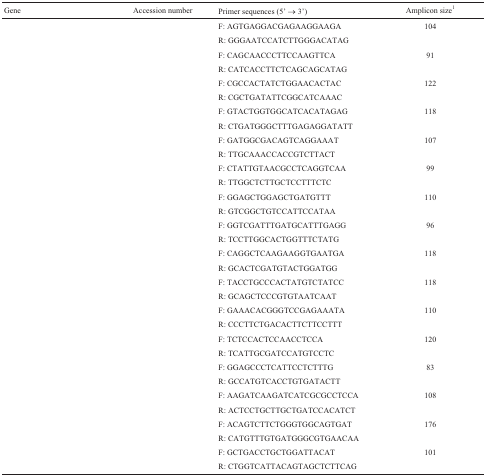
<table><thead><tr><td><b>Gene</b></td><td><b>Accession number</b></td><td><b>Primer sequences (5’ → 3’)</b></td><td><b>Amplicon size1</b></td></tr></thead><tbody><tr><td>[EMPTY_CELL]</td><td>[EMPTY_CELL]</td><td>F: AGTGAGGACGAGAAGGAAGA</td><td>104</td></tr><tr><td>[EMPTY_CELL]</td><td>[EMPTY_CELL]</td><td>R: GGGAATCCATCTTGGGACATAG</td><td>[EMPTY_CELL]</td></tr><tr><td>[EMPTY_CELL]</td><td>[EMPTY_CELL]</td><td>F: CAGCAACCCTTCCAAGTTCA</td><td>91</td></tr><tr><td>[EMPTY_CELL]</td><td>[EMPTY_CELL]</td><td>R: CATCACCTTCTCAGCAGCATAG</td><td>[EMPTY_CELL]</td></tr><tr><td>[EMPTY_CELL]</td><td>[EMPTY_CELL]</td><td>F: CGCCACTATCTGGAACACTAC</td><td>122</td></tr><tr><td>[EMPTY_CELL]</td><td>[EMPTY_CELL]</td><td>R: CGCTGATATTCGGCATCAAAC</td><td>[EMPTY_CELL]</td></tr><tr><td>[EMPTY_CELL]</td><td>[EMPTY_CELL]</td><td>F: GTACTGGTGGCATCACATAGAG</td><td>118</td></tr><tr><td>[EMPTY_CELL]</td><td>[EMPTY_CELL]</td><td>R: CTGATGGGCTTTGAGAGGATATT</td><td>[EMPTY_CELL]</td></tr><tr><td>[EMPTY_CELL]</td><td>[EMPTY_CELL]</td><td>F: GATGGCGACAGTCAGGAAAT</td><td>107</td></tr><tr><td>[EMPTY_CELL]</td><td>[EMPTY_CELL]</td><td>R: TTGCAAACCACCGTCTTACT</td><td>[EMPTY_CELL]</td></tr><tr><td>[EMPTY_CELL]</td><td>[EMPTY_CELL]</td><td>F: CTATTGTAACGCCTCAGGTCAA</td><td>99</td></tr><tr><td>[EMPTY_CELL]</td><td>[EMPTY_CELL]</td><td>R: TTGGCTCTTGCTCCTTTCTC</td><td>[EMPTY_CELL]</td></tr><tr><td>[EMPTY_CELL]</td><td>[EMPTY_CELL]</td><td>F: GGAGCTGGAGCTGATGTTT</td><td>110</td></tr><tr><td>[EMPTY_CELL]</td><td>[EMPTY_CELL]</td><td>R: GTCGGCTGTCCATTCCATAA</td><td>[EMPTY_CELL]</td></tr><tr><td>[EMPTY_CELL]</td><td>[EMPTY_CELL]</td><td>F: GGTCGATTTGATGCATTTGAGG</td><td>96</td></tr><tr><td>[EMPTY_CELL]</td><td>[EMPTY_CELL]</td><td>R: TCCTTGGCACTGGTTTCTATG</td><td>[EMPTY_CELL]</td></tr><tr><td>[EMPTY_CELL]</td><td>[EMPTY_CELL]</td><td>F: CAGGCTCAAGAAGGTGAATGA</td><td>118</td></tr><tr><td>[EMPTY_CELL]</td><td>[EMPTY_CELL]</td><td>R: GCACTCGATGTACTGGATGG</td><td>[EMPTY_CELL]</td></tr><tr><td>[EMPTY_CELL]</td><td>[EMPTY_CELL]</td><td>F: TACCTGCCCACTATGTCTATCC</td><td>118</td></tr><tr><td>[EMPTY_CELL]</td><td>[EMPTY_CELL]</td><td>R: GCAGCTCCCGTGTAATCAAT</td><td>[EMPTY_CELL]</td></tr><tr><td>[EMPTY_CELL]</td><td>[EMPTY_CELL]</td><td>F: GAAACACGGGTCCGAGAAATA</td><td>110</td></tr><tr><td>[EMPTY_CELL]</td><td>[EMPTY_CELL]</td><td>R: CCCTTCTGACACTTCTTCCTTT</td><td>[EMPTY_CELL]</td></tr><tr><td>[EMPTY_CELL]</td><td>[EMPTY_CELL]</td><td>F: TCTCCACTCCAACCTCCA</td><td>120</td></tr><tr><td>[EMPTY_CELL]</td><td>[EMPTY_CELL]</td><td>R: TCATTGCGATCCATGTCCTC</td><td>[EMPTY_CELL]</td></tr><tr><td>[EMPTY_CELL]</td><td>[EMPTY_CELL]</td><td>F: GGAGCCCTCATTCCTCTTTG</td><td>83</td></tr><tr><td>[EMPTY_CELL]</td><td>[EMPTY_CELL]</td><td>R: GCCATGTCACCTGTGATACTT</td><td>[EMPTY_CELL]</td></tr><tr><td>[EMPTY_CELL]</td><td>[EMPTY_CELL]</td><td>F: AAGATCAAGATCATCGCGCCTCCA</td><td>108</td></tr><tr><td>[EMPTY_CELL]</td><td>[EMPTY_CELL]</td><td>R: ACTCCTGCTTGCTGATCCACATCT</td><td>[EMPTY_CELL]</td></tr><tr><td>[EMPTY_CELL]</td><td>[EMPTY_CELL]</td><td>F: ACAGTCTTCTGGGTGGCAGTGAT</td><td>176</td></tr><tr><td>[EMPTY_CELL]</td><td>[EMPTY_CELL]</td><td>R: CATGTTTGTGATGGGCGTGAACAA</td><td>[EMPTY_CELL]</td></tr><tr><td>[EMPTY_CELL]</td><td>[EMPTY_CELL]</td><td>F: GCTGACCTGCTGGATTACAT</td><td>101</td></tr><tr><td>[EMPTY_CELL]</td><td>[EMPTY_CELL]</td><td>R: CTGGTCATTACAGTAGCTCTTCAG</td><td>[EMPTY_CELL]</td></tr></tbody></table>